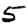
Digit: 5